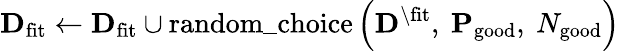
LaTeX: \mathbf{D}_{\mathrm{fit}}\leftarrow\mathbf{D}_{\mathrm{fit}}\cup\mathrm{random{\_ }choice}\left(\mathbf{D}^{\backslash\mathrm{fit}},\ \mathbf{P}_{\mathrm{good}},\ N_{\mathrm{good}}\right)